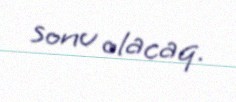
sonu olacaq.